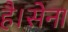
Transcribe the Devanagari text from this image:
है।सेना